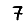
Digit: 7